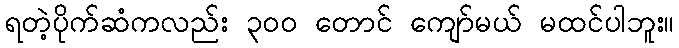
ရတဲ့ပိုက်ဆံကလည်း ၃၀၀ တောင် ကျော်မယ် မထင်ပါဘူး။